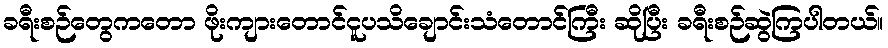
ခရီးစဉ်တွေကတော ဖိုးကျားတောင်ငူပသိချောင်းသံတောင်ကြီး ဆိုပြီး ခရီးစဉ်ဆွဲကြပါတယ်။